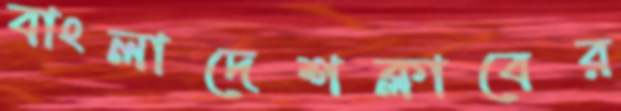
বাংলাদেশক্লাবের